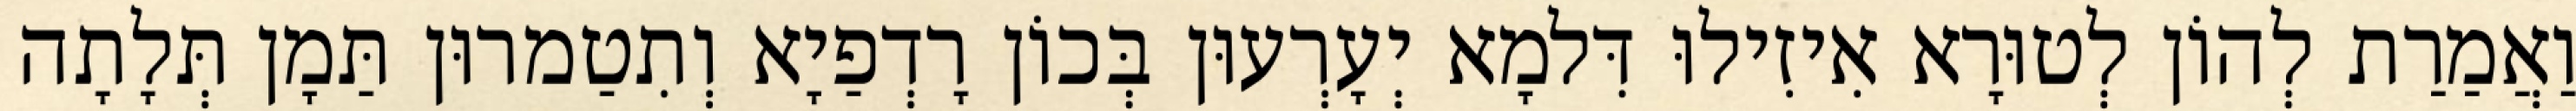
וַאֲמַרַת לְהוֹן לְטוּרָא אִיזִילוּ דִּלמָא יְעָרְעוּן בְּכוֹן רָדְפַיָא וְתִטַמרוּן תַּמָן תְּלָתָה